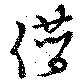
僭